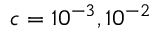
c = 1 0 ^ { - 3 } , 1 0 ^ { - 2 }